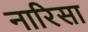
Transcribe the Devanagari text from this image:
नारिसा